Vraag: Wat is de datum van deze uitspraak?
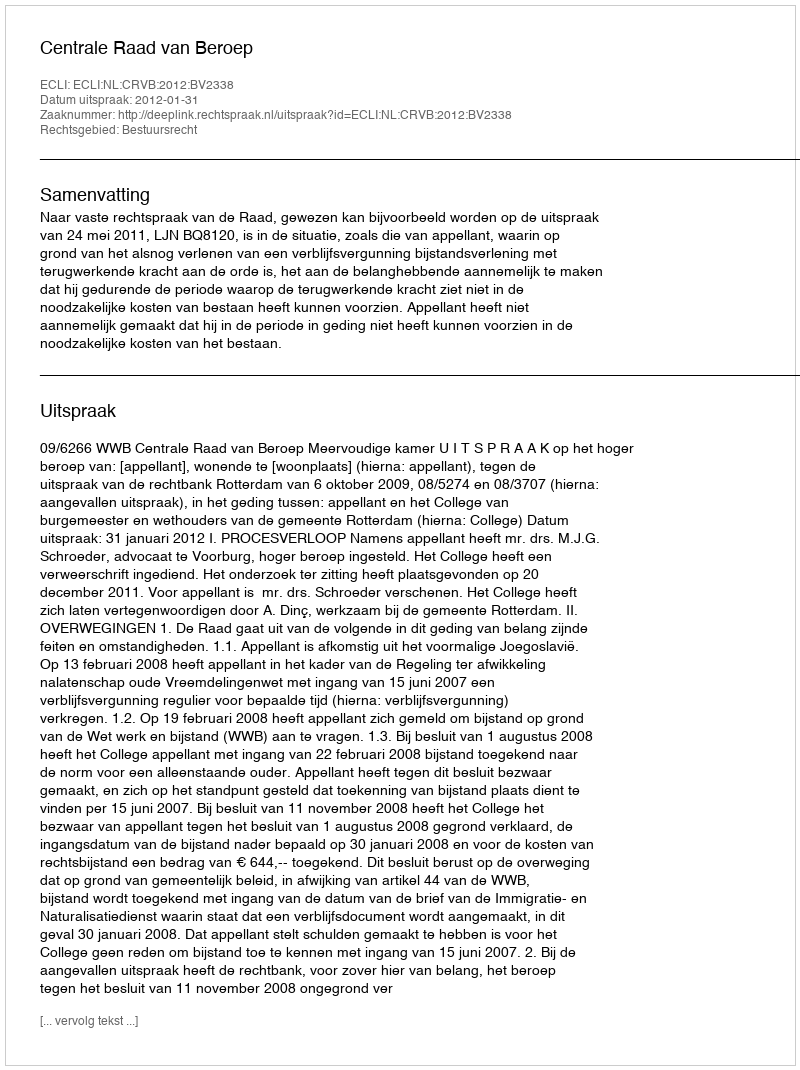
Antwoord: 2012-01-31